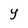
Character: Y